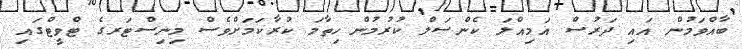
ބާއްވަމުން އައި ދަރުސް އަމިއްލަ ކެންސަލް ކުރުމުން ހިތާމަ ކުރާކަމަށްވެސް މިނިސްޓަރގެ ޓްވީޓްގައި